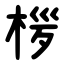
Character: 㭮